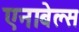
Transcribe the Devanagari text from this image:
एनाबेल्स